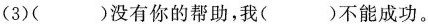
(3)( )没有你的帮助，我( )不能成功。